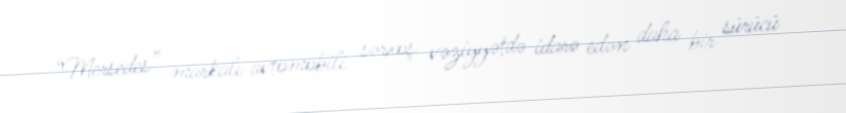
“Mersedes” markalı avtomobili sərxoş vəziyyətdə idarə edən daha bir sürücü